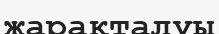
жарақталуы